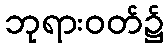
ဘုရားဝတ်၌